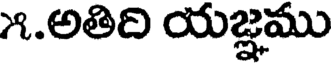
౫.అతిది యజ్ఞము